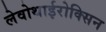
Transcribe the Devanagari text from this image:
लेवोथाईरोक्सिन